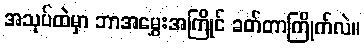
အသုပ်ထဲမှာ ဘာအမွှေးအကြိုင် ခတ်တာကြိုက်လဲ။